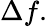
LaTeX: \Delta f.